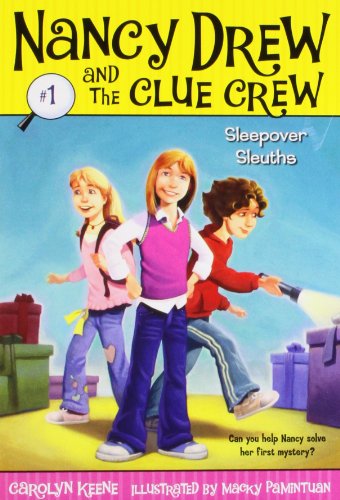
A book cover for Sleepover Sleuths (Nancy Drew and the Clue Crew #1); Carolyn Keene; Children's Books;